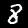
Digit: 8